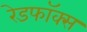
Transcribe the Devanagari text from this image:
रेडफॉक्स